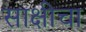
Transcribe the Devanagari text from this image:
साक्षीचा